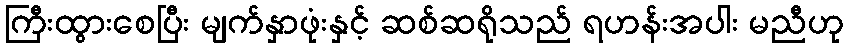
ကြီးထွားစေပြီး မျက်နှာဖုံးနှင့် ဆစ်ဆရိုသည် ရဟန်းအပါး မညီဟု